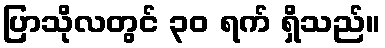
ပြာသိုလတွင် ၃၀ ရက် ရှိသည်။